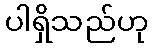
ပါရှိသည်ဟု